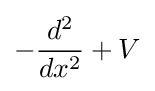
-{\frac {d^{2}}{dx^{2}}}+V